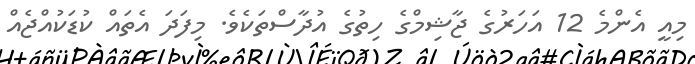
މިއީ އެންމެ 12 އަހަރުގެ ޖާޝިމްގެ ހިތުގެ އުދާސްތަކެވެ. މިފަދަ އެތައް ކުޑަކުއްޖެއް